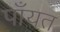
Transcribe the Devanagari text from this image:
पाँयत